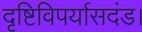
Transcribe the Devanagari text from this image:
दृष्टिविपर्यासदंड।